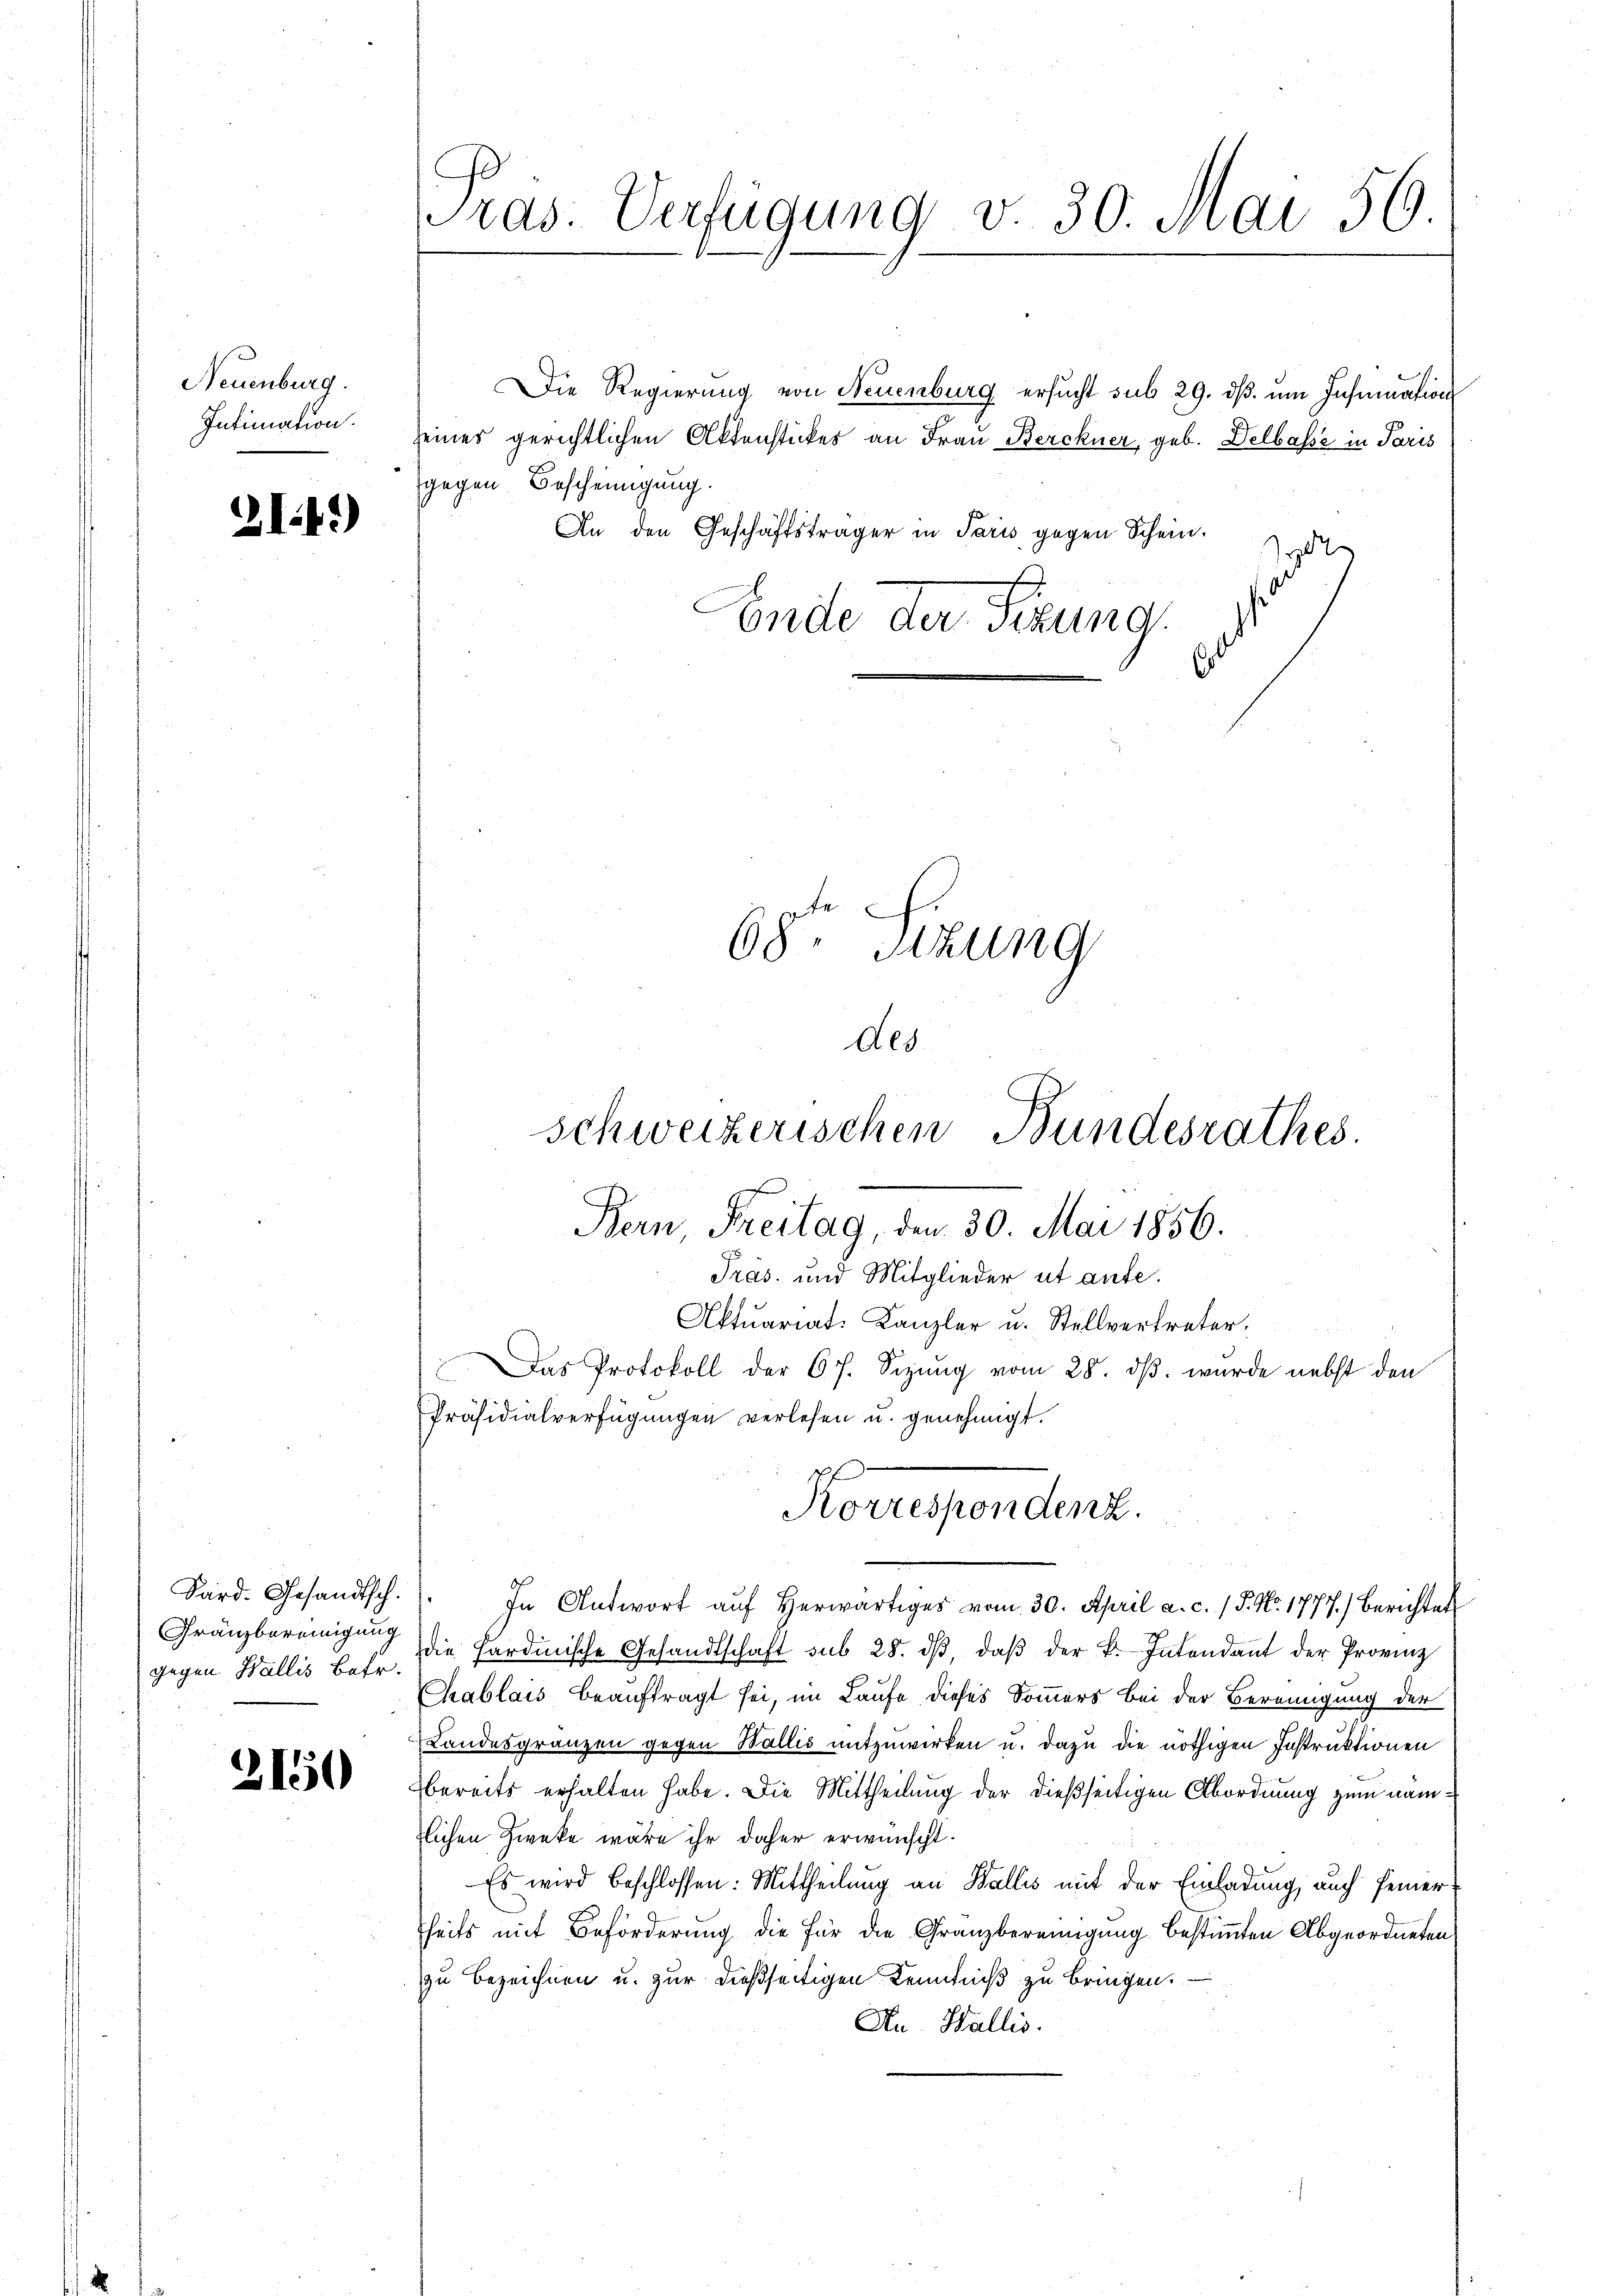
Neuenburg.
Intimation.

21.)

Sard. Gesandtsch.
gegen Wallis Betr.

2150

Tras. Verfügung v. 30. Mai 56.

Die Regierung von Neuenburg ersucht sub 29. dβ. um Insumation
seines gerichtlichen Aktenstückes an Frau Berckner, geb. Delbasse in Paris
gegen Bescheinigung.
An den Geschäftsträger in Paris gegen Schein.
1
Ende der Firung.
.

68. Sizung
Aes

Präs. und Mitglieder et aufe.
Aktuariat. Kanzler u. Stellvertreter.
Das Protokoll der 6 f. Sizung vom 28. ds. wurde nebst den
Präsidialverfügungen verlesen u. genehmigt.
In Antwort aŭf herwärtiges vom 30. April a. c. / 5. No. 1777.) Berichtet
Gränzbereinigung die Sardinische Gesandtschaft sub 28. dβ, daβ der k. Intendant der Provinz
Chablais beauftragt sei, im Laufe dieses Sommers bei der Bereinigung der
Landesgränzen gegen Wallis mitzuwirken u. dazu die nöthigen Instruktionen
bereits erhalten habe. Die Mittheilung der dießseitigen Abordnung zum nämlichen Zwecke wäre ihr daher erwünscht.
Es wird beschlossen: Mittheilung an Wallis mit der Einladung, auch feiner
heits mit Beförderung die für die Granzbereinigung bestimmten Abgeordneten
zu bezeichnen u. zur dießseitigen Kenntniß zu bringen.
Au. Wallis.

Schweizerischen Bundesrathes.
Bern, Freitag, den 30. Mai 1856.

Korrespondent,